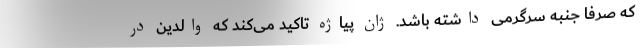
که صرفا جنبه سرگرمی داشته باشد. ژان پیاژه تاکید می‌کند که والدین در